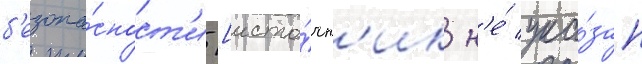
б'езопа́сност'и [исто́чн'ик н'е́ ука́зан